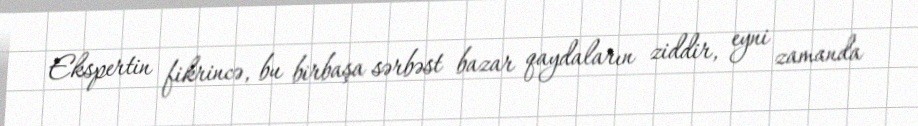
Ekspertin fikrincə, bu birbaşa sərbəst bazar qaydaların ziddir, eyni zamanda